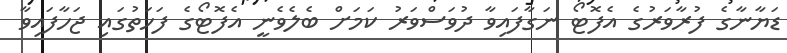
ޑަޔާނާގެ ފުރާވަރުގެ އެފޮޓޯ ނަގާފައިވާ ދުވަސްވަރު ކަމަށް ބެލެވެނީ އެފޮޓޯގެ ފަހަތުގައި ޖަހާފައިވާ